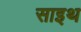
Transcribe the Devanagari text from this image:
साइथ